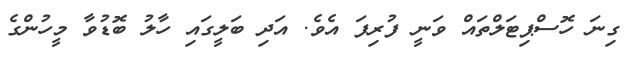
ގިނަ ހޮސްޕިޓަލްތައް ވަނީ ފުރިފަ އެވެ. އަދި ބަލީގައި ހާލު ބޮޑުވާ މީހުންގެ